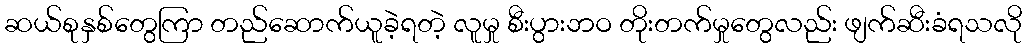
ဆယ်စုနှစ်တွေကြာ တည်ဆောက်ယူခဲ့ရတဲ့ လူမှု စီးပွားဘဝ တိုးတက်မှုတွေလည်း ဖျက်ဆီးခံရသလို